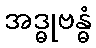
အဒ္ဓုဗန္ဓံ